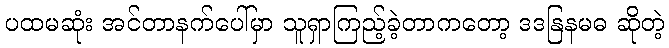
ပထမဆုံး အင်တာနက်ပေါ်မှာ သူရှာကြည့်ခဲ့တာကတော့ ဒဒနြနမဓ ဆိုတဲ့